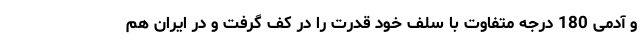
و آدمی 180 درجه متفاوت با سلف خود قدرت را در کف گرفت و در ایران هم